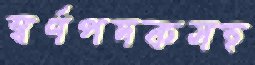
স্বর্ণপদকসহ